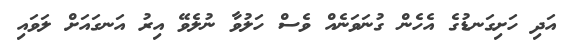
އަދި ހަށިގަނޑުގެ އެހެން ގުނަވަނެއް ވެސް ހަލުވާ ނުލެވޭ އިރު އަނގައަށް ލަވައި